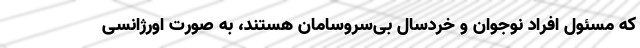
که مسئول افراد نوجوان و خردسال بی‌سروسامان هستند، به صورت اورژانسی